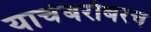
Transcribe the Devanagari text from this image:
याचेबरोबरच